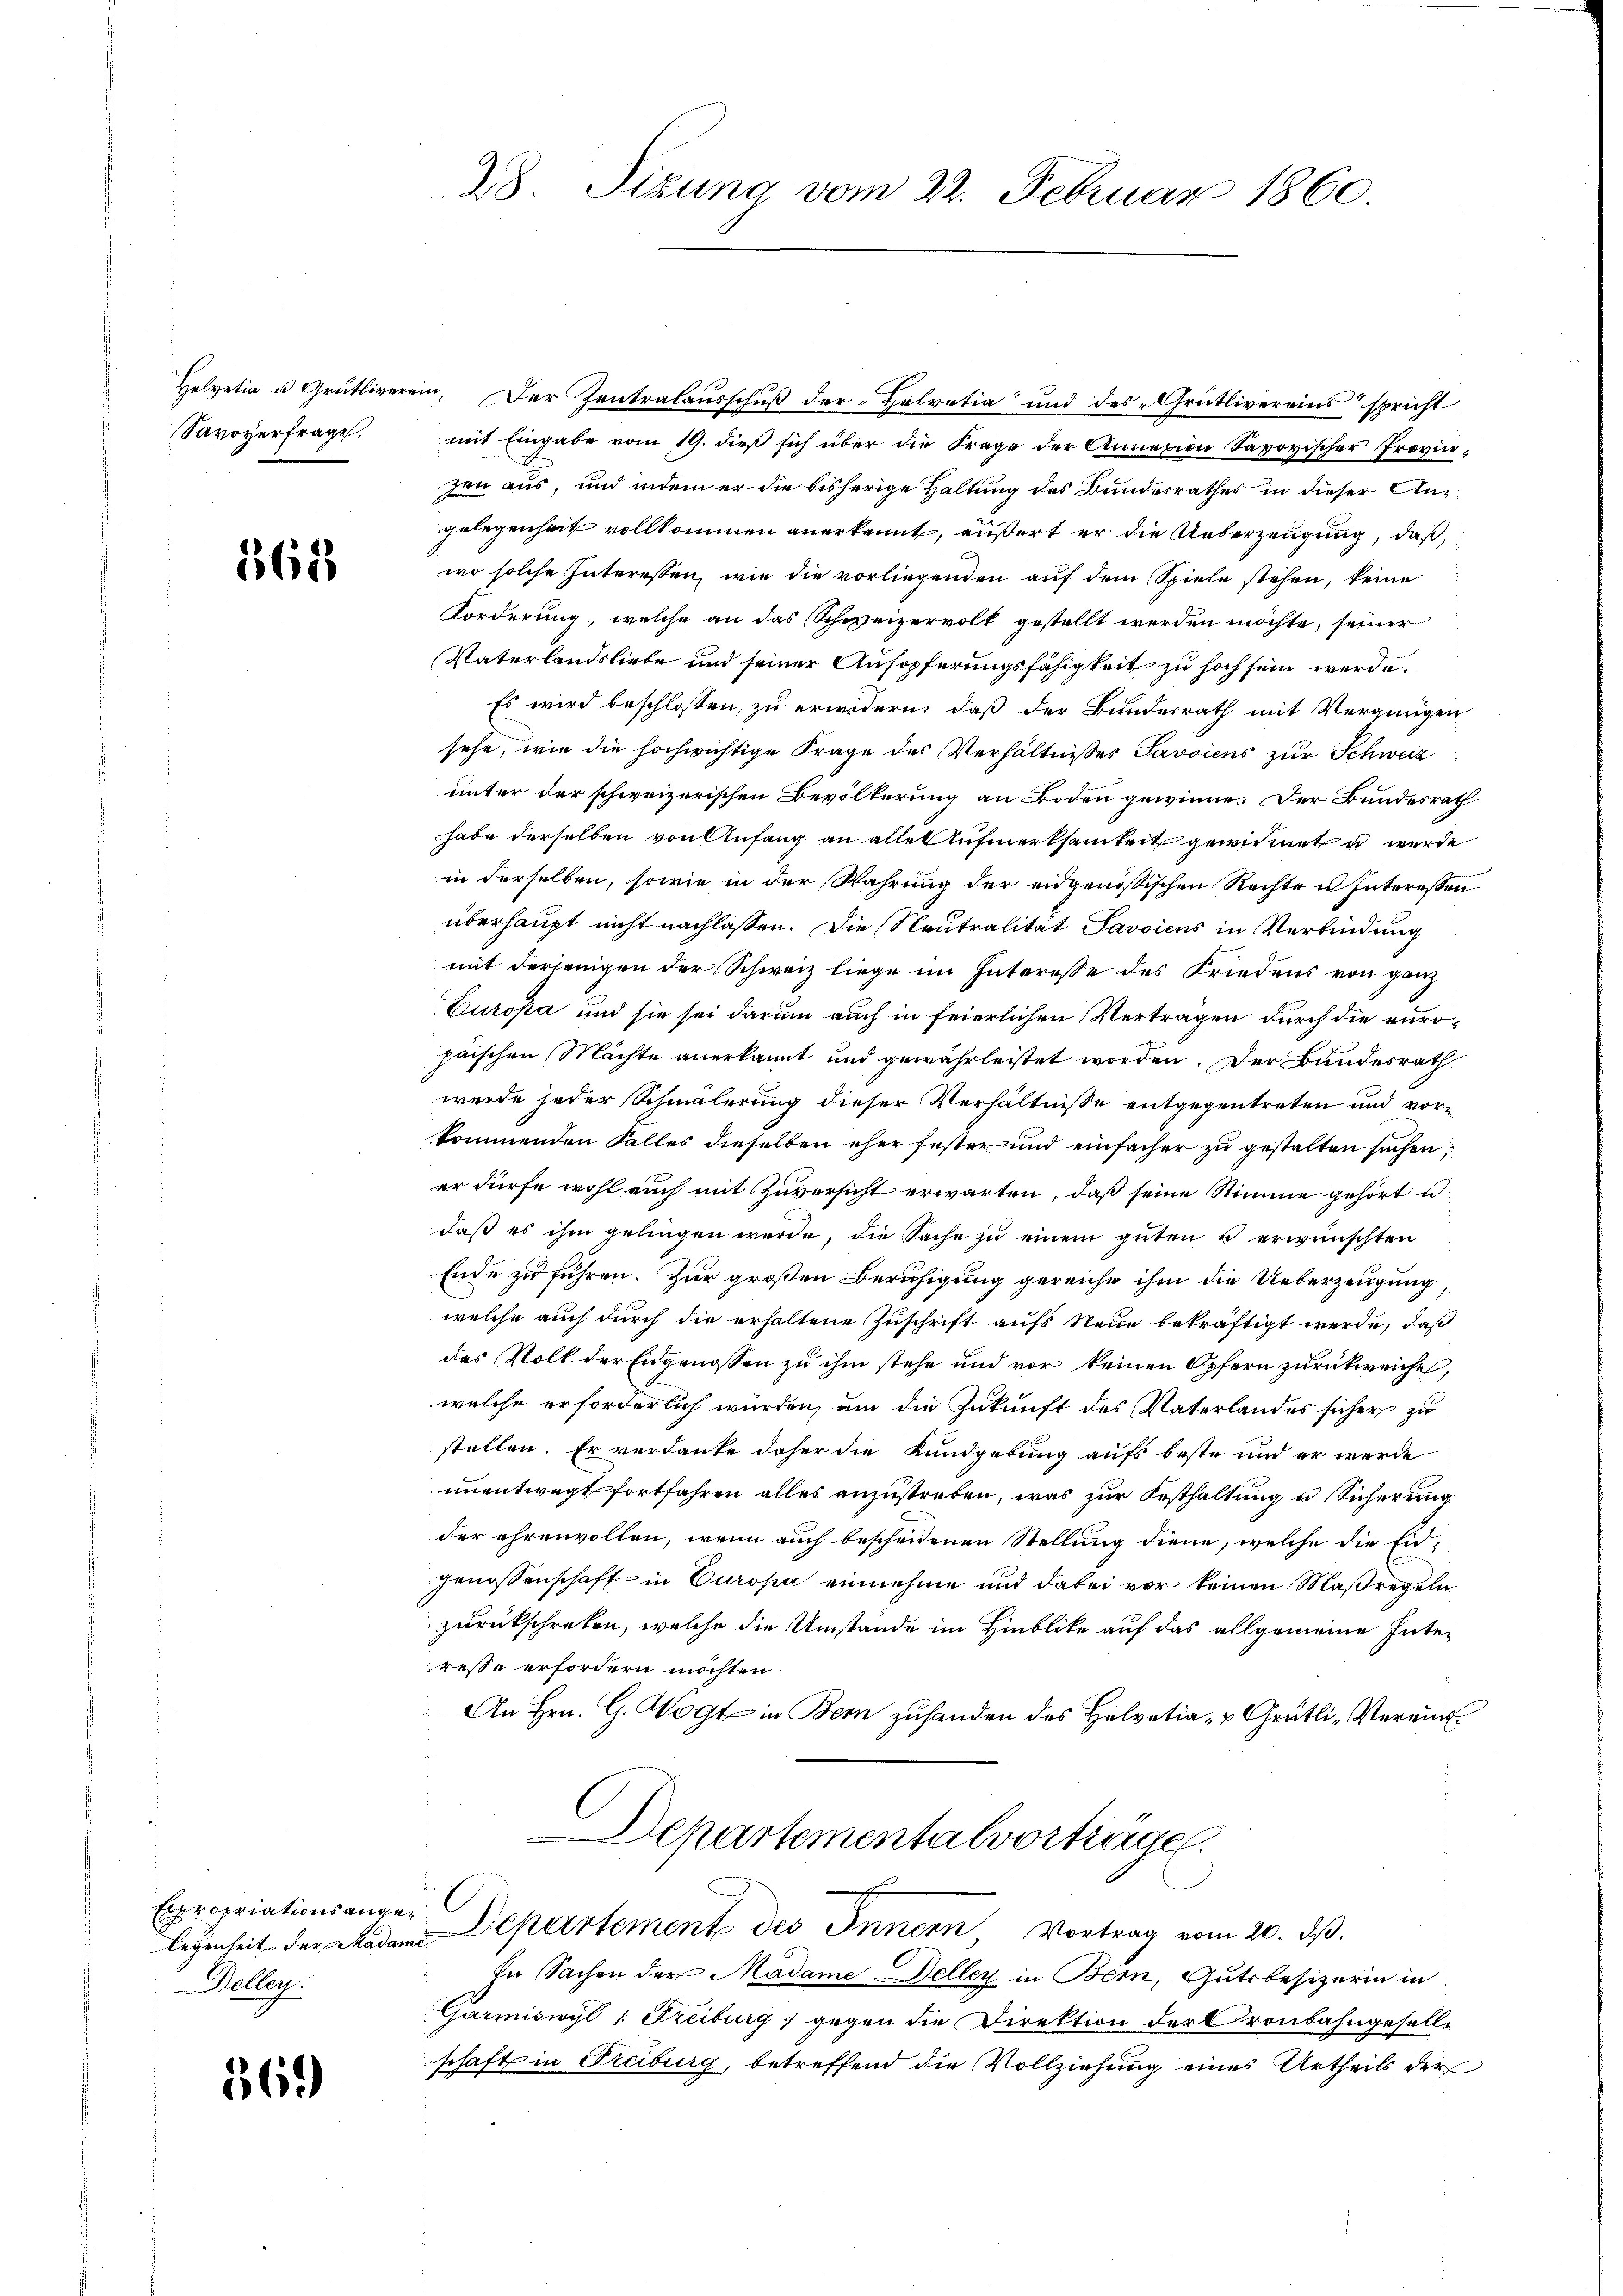
Helvetia u. Grütlivere
Savoyerfrage.

165

Expropriationsange¬
Dellen.

569)

28 Sizung vom 22. Februar 1860.

in. Der Zentralausschuß der Helvetia und des „Grütlivereins spricht
mit Eingabe vom 19. dieß sich über die Frage der Annexion Savoyischer Provinzen aus, und indem er die bisherige Haltung des Bundesrathes in dieser Anzgelegenheit vollkommen anerkennt, äußert er die Ueberzeugung, daß
wo solche Interessen, wie die vorliegenden auf dem Spiele stehen, keine
Forderung, welche an das Schweizervolk gestellt werden möchte, seiner
Vaterlandsliebe und seiner Aufopferungsfähigkeit zu hoch sein werde.
Es wird beschlossen, zu erwidern, daß der Bundesrath mit Vergnügen
sehe, wie die hochwichtige Frage des Verhältnisses Savoiens zur Schweiz
unter der schweizerischen Bevölkerung an Boden gewinne. Der Bundesrath
habe derselben von Anfang an alle Aufmerksamkeit gewidmet u werde
in derselben, sowie in der Wahrung der eidgenössischen Rechte u Interessen
überhaupt nicht nachlassen. Die Neutralität Savoiens in Verbindung
mit derjenigen der Schweiz liege im Interesse des Friedens von ganz
Europa und sie sei darum auch in feierlichen Verträgen durch die europaischen Mächte anerkannt und gewährleistet worden. Der Bundesrath
werde jeder Schmälerung dieser Verhältnisse entgegentreten und vorkommenden Falles dieselben eher fester und einfacher zu gestalten suchen:
er dürfe wohl auch mit Zuversicht erwarten, daß seine Stimme gehört u.
daß es ihm gelingen werde, die Sache zŭ einem güten u erwünschten
Ende zu führen. Zur großen Beruhigung gereiche ihm die Ueberzeugung,
welche auch durch die erhaltene Zuschrift aufs Neue bekräftigt werde, daß
das Volk der Eidgenossen zu ihm stehe und vor keinen Opfern zurückweiche,
welche erforderlich wurden, um die Zukunft des Vaterlandes sicher zu
stellen. Er verdanke daher die Kundgebung aufs beste und er werde
unentwegt fortfahren alles anzustreben, was zur Festhaltung u Sicherung
der ehrenvollen, wenn auch bescheidenen Stellung diene, welche die Eidgenossenschaft in Europa einnehme und dabei vor keinen Maßregeln
zurückschreten, welche die Umstände im Hinblicke auf das allgemeine Inter
resse erfordern möchten.
An Hrn. G. Wogt in Bern zuhanden des Helvetia- u Grütli-Verein¬
Departementalvorträge.
legenheit der Madam Departement des Innern, Vortrag vom 20. ds.
In Sachen der Madame Deller in Bern, Gutsbesizerin in
Garmiswyl 1. Freiburg gegen die Direktion der Cronbahngesellschaft in Freiburg, betreffend die Vollziehung eines Urtheils der